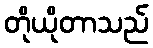
တိုယိုတာသည်